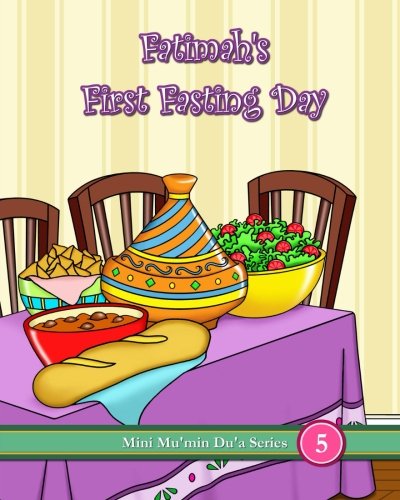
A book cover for Fatimah's First Fasting Day (Mini Mu'min Du'a Series); Mini Mu'min Publications; Religion & Spirituality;